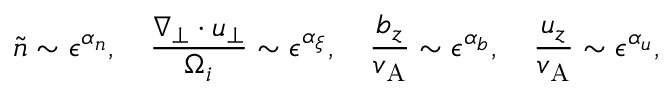
\tilde { n } \sim \epsilon ^ { \alpha _ { n } } , \quad \frac { \nabla _ { \perp } \cdot \boldsymbol { u } _ { \perp } } { \Omega _ { i } } \sim \epsilon ^ { \alpha _ { \xi } } , \quad \frac { b _ { z } } { v _ { \mathrm { A } } } \sim \epsilon ^ { \alpha _ { b } } , \quad \frac { u _ { z } } { v _ { \mathrm { A } } } \sim \epsilon ^ { \alpha _ { u } } ,